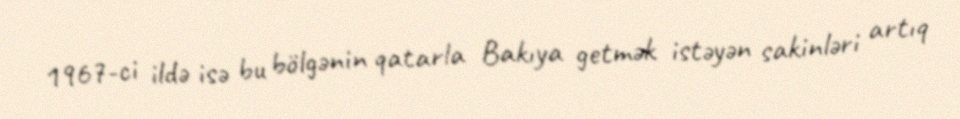
1967-ci ildə isə bu bölgənin qatarla Bakıya getmək istəyən sakinləri artıq